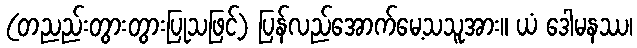
(တညည်းတွားတွားပြုသဖြင့်) ပြန်လည်အောက်မေ့သသူအား။ ယံ ဒေါမနဿ၊